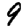
Digit: 9